Scottish Leaving Certificate Examination, 1952
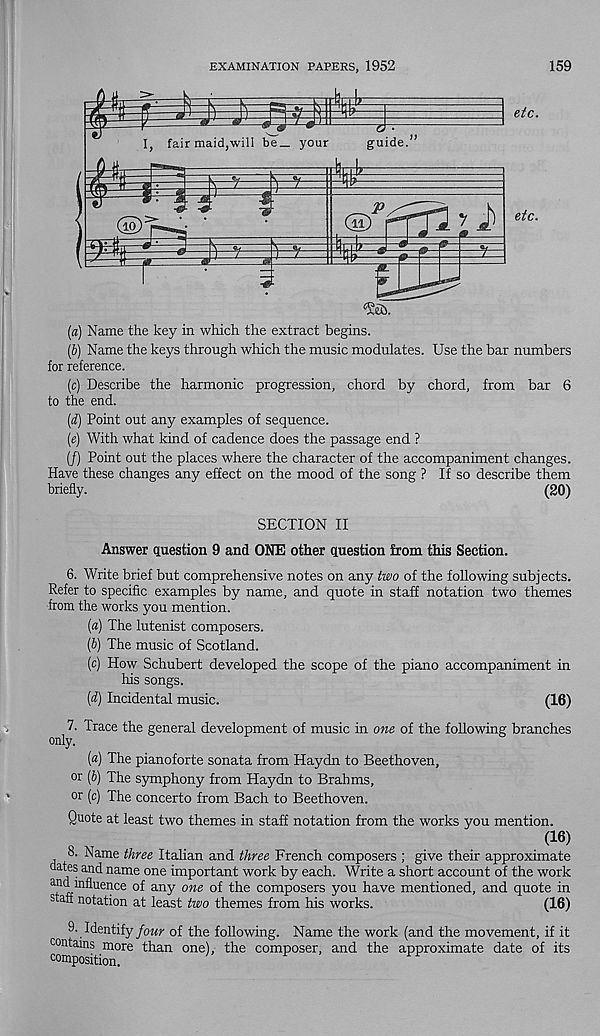
EXAMINATION PAPERS, 1952
159
(a) Name the key in which the extract begins.
(b) Name the keys through which the music modulates. Use the bar numbers
for reference.
(c) Describe the harmonic progression, chord by chord, from bar 6
to the end.
(d) Point out any examples of sequence.
(e) With what kind of cadence does the passage end ?
(/) Point out the places where the character of the accompaniment changes.
Have these changes any effect on the mood of the song ? If so describe them
briefly.
(20)
SECTION II
Answer question 9 and ONE other question from this Section.
6. Write brief but comprehensive notes on any two of the following subjects.
Refer to specific examples by name, and quote in staff notation two themes
from the works you mention.
[а) The lutenist composers.
(б) The music of Scotland.
(c) How Schubert developed the scope of the piano accompaniment in
his songs.
(d) Incidental music.
(16)
7. Trace the general development of music in one of the following branches
only.
[a) The pianoforte sonata from Haydn to Beethoven,
or (6) The symphony from Haydn to Brahms,
or (c) The concerto from Bach to Beethoven.
Quote at least two themes in staff notation from the works you mention.
(16)
8. Name three Italian and three French composers ; give their approximate
oates and name one important work by each. Write a short account of the work
and influence of any one of the composers you have mentioned, and quote in
staff notation at least two themes from his works.
(16)
9. Identify four of the following. Name the work (and the movement, if it
ontams more than one), the composer, and the approximate date of its
composition.